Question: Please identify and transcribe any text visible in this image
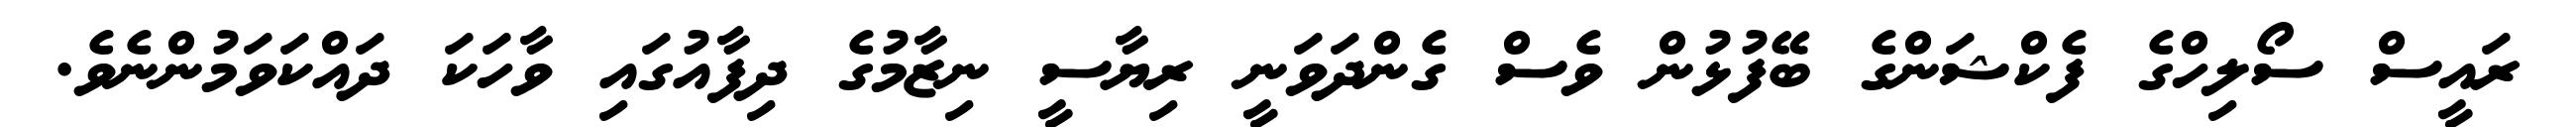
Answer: ރައީސް ސޯލިހްގެ ފެކްޝަންގެ ބޭފުޅުން ވެސް ގެންދަވަނީ ރިޔާސީ ނިޒާމުގެ ދިފާއުގައި ވާހަކަ ދައްކަވަމުންނެވެ.